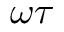
\omega \tau